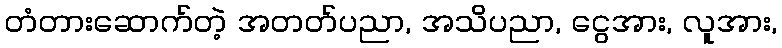
တံတားဆောက်တဲ့ အတတ်ပညာ, အသိပညာ, ငွေအား, လူအား,